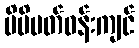
မိမိပတ်ဝန်းကျင်